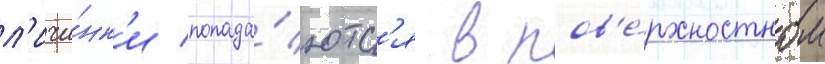
л'ичи́нк'и попада́ютс'я в пов'е́рхностном